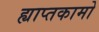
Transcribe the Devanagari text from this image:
ह्याप्तकामो